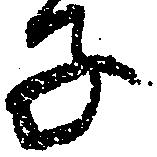
子